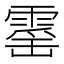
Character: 𮦡